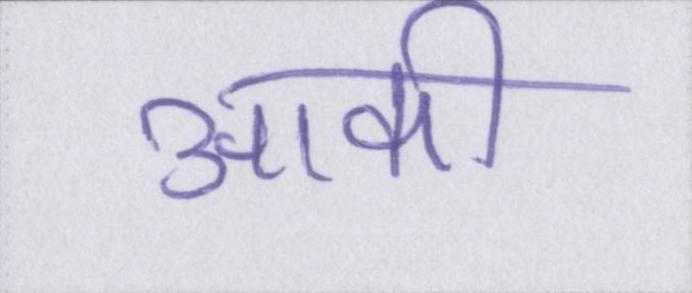
आकी